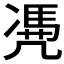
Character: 𠙥